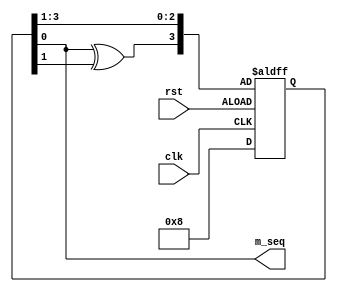
module m_sequence
#(
	parameter	N=4'd4			,
	parameter 	POLY = 4'b1100	
)
(

input clk,

input rst,

output wire m_seq

);

//由本原多项式得到

 
reg [N-4'd1:0] shift_reg;

 
always@(posedge clk or negedge rst)begin

	if(rst )begin

		shift_reg <= 4'b1000;//初值不可为全零

	end

	else begin

		shift_reg[3] <= (shift_reg[0] & POLY[3])^

		(shift_reg[1] & POLY[2])^

		(shift_reg[2] & POLY[1])^

		(shift_reg[3] & POLY[0]);

		/*(shift_reg[4] & POLY[3])^

		(shift_reg[5] & POLY[2])^

		(shift_reg[6] & POLY[1])^

		(shift_reg[7] & POLY[0])	;*/

		shift_reg[2:0] <= shift_reg[3:1];

	end

end

 
assign m_seq = shift_reg[0];

 
endmodule